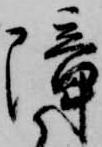
障